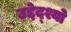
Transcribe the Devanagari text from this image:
उद्देद्श्यो